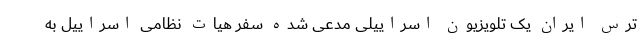
ترس ایران یک تلویزیون اسراییلی مدعی شده سفر هیات نظامی اسراییل به